Eestimaa_Kommunistliku_Partei_Keskkomitee, lk 59
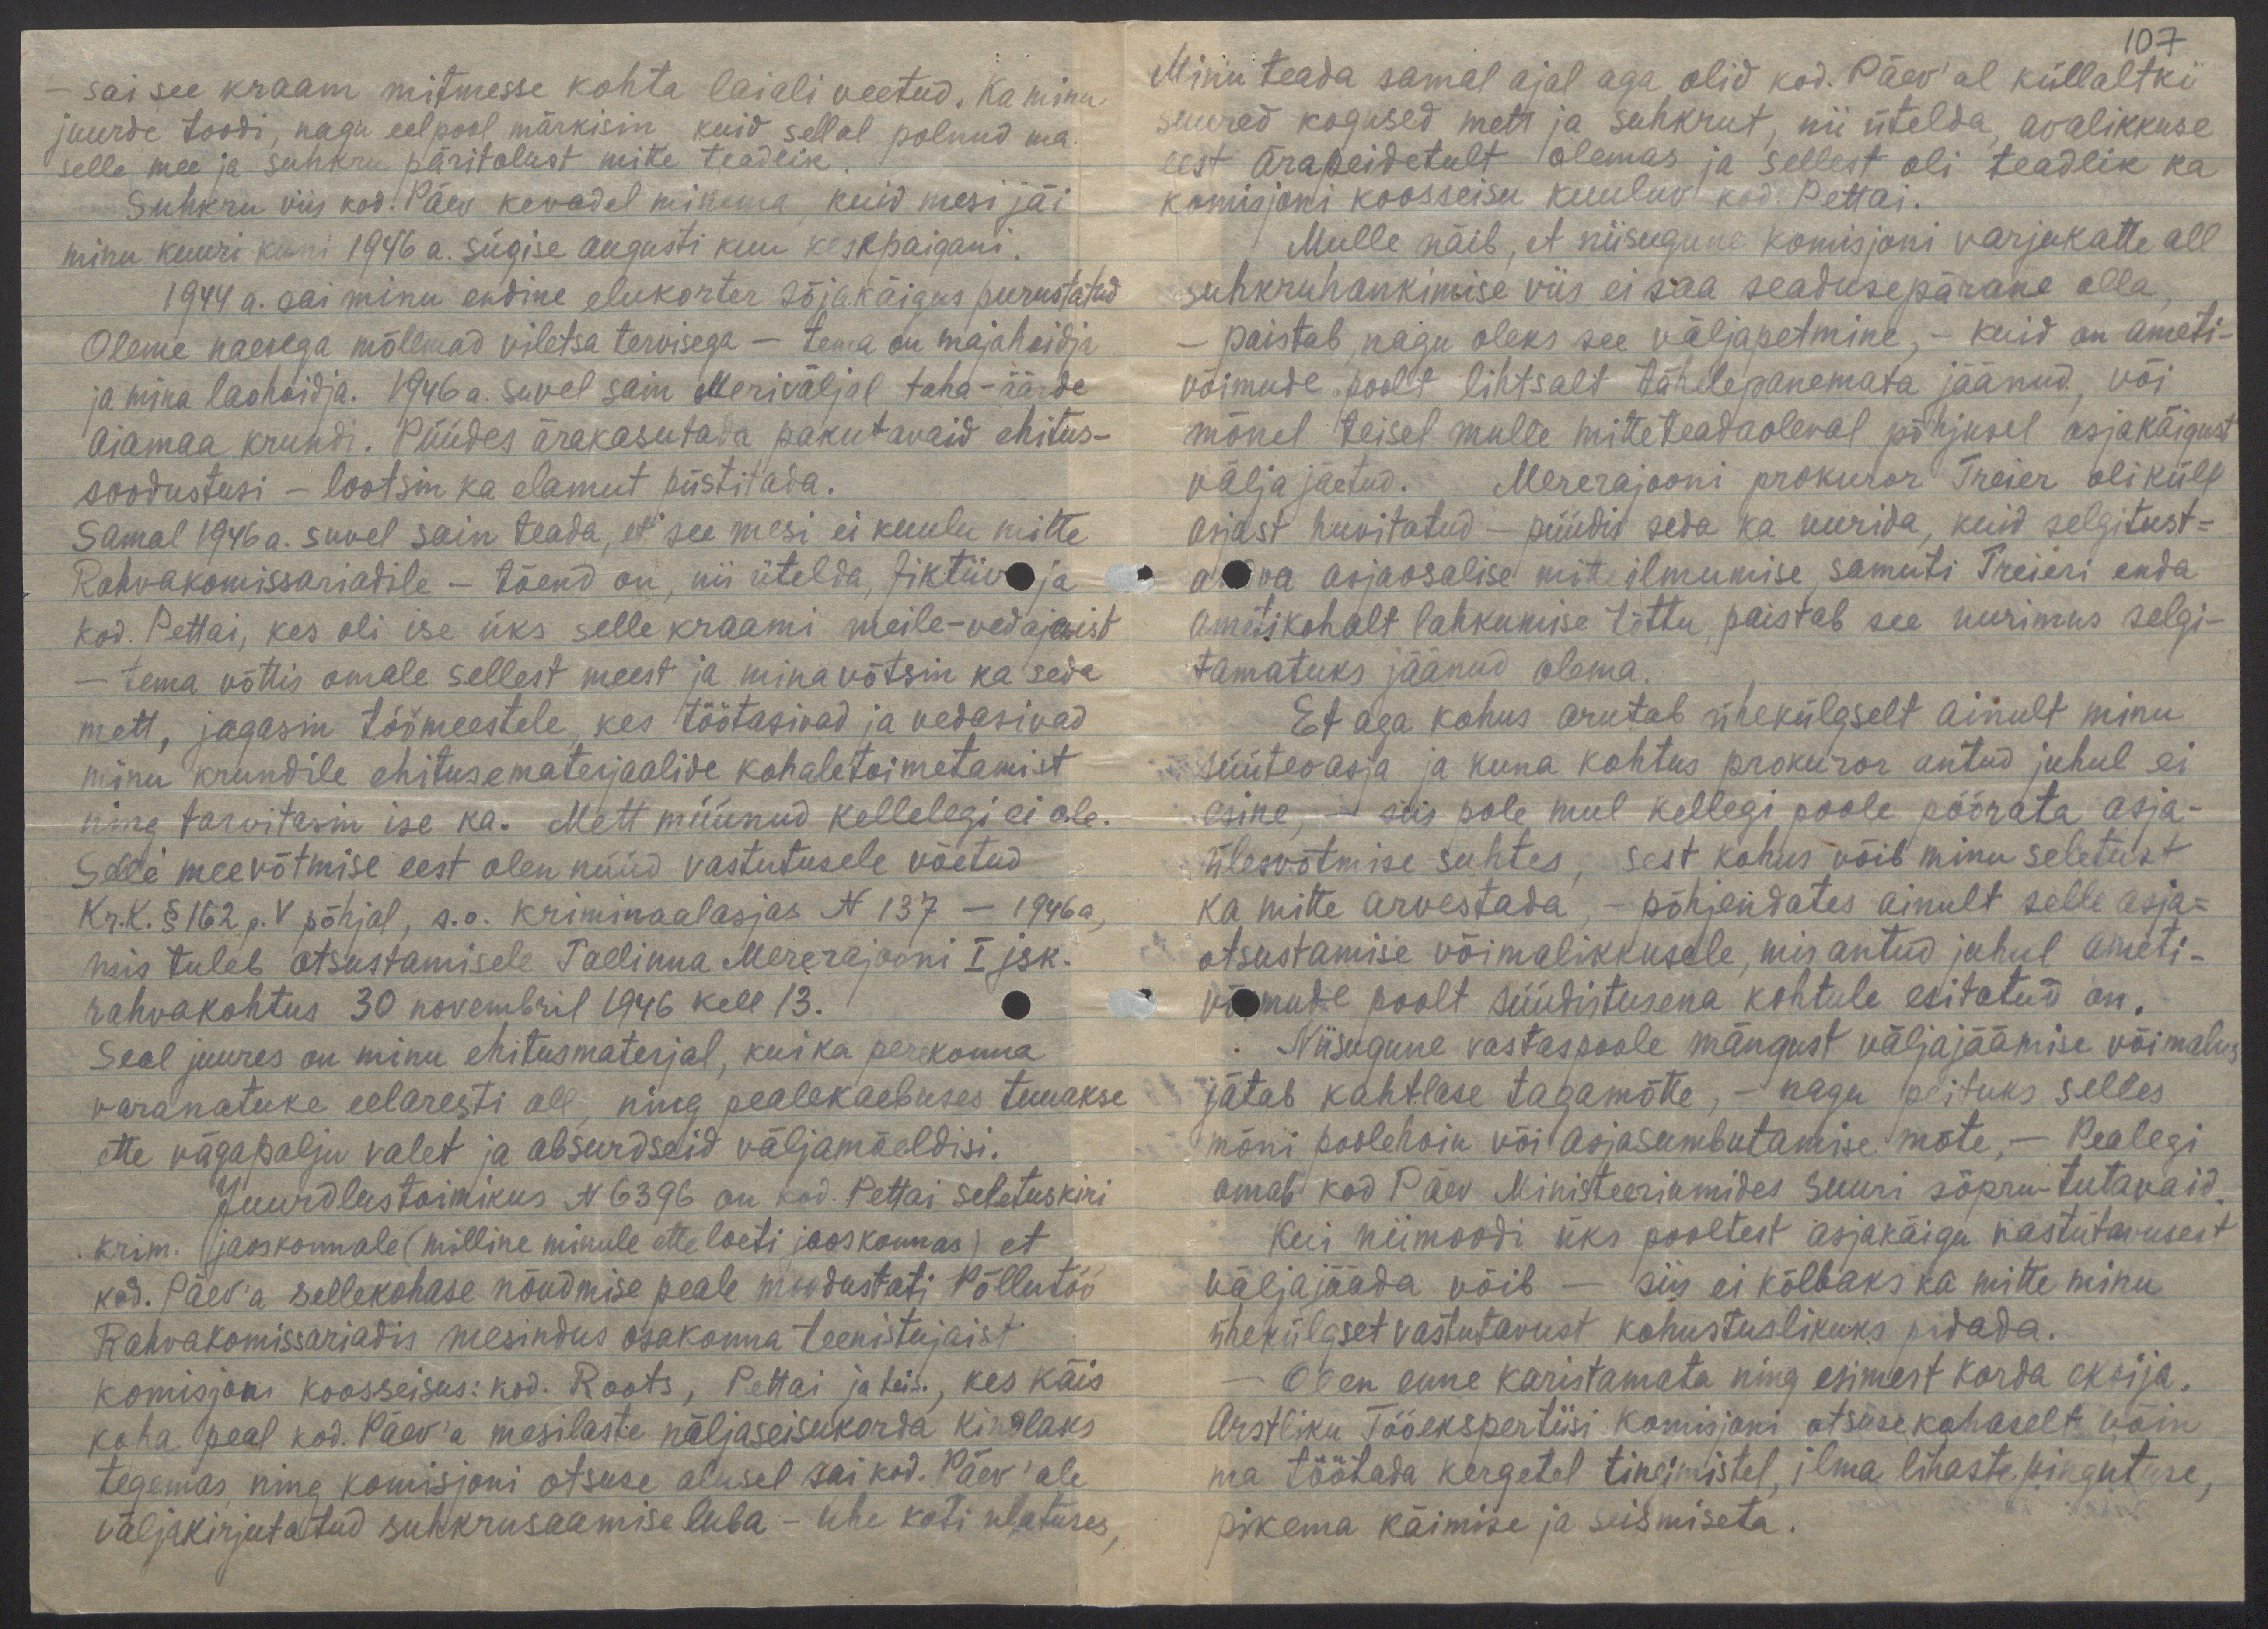
- sai see kraam mitmesse kohta laiali veetud. Ka minu
juurde toodi, nagu eelpool märkisin, kuid sellal polnud ma
selle mee ja suhkru päritolust mitte teadlik.
Suhkru viis kod. Päev kevadel minema, kuid mesi jäi
minu kuuri kuni 1946 a. sügise augusti kuu keskpaigani.
1944 a. sai minu endine elukorter sõjakäigus purustatud
Oleme naesega mõlemad viletsa tervisega - tema on majahoidja
ja mina laohoidja. 1946 a. suvel sain Meriväljal taha-äärde
aiamaa krundi. Püüdes ärakasutada pakutavaid ehitus-
soodustusi - lootsin ka elamut püstitada.
Samal 1946 a. suvel sain teada, et see mesi ei kuulu mitte
Rahvakomissariadile - tõend on, nii ütelda, fiktiiv ja
kod. Pettai, kes oli ise üks selle kraami meile-vedajaist
- tema võttis omale sellest meest ja mina võtsin ka seda
mett, jagasin töömeestele, kes töötasivad ja vedasivad
minu krundile ehitusematerjaalide kohaletoimetamist
ning tarvitasin ise ka. Mett müünud kellelegi ei ole.
Selle meevõtmise eest olen nüüd vastutusele võetud.
Kr.K. § 162 p. V põhjal, s.o. kriminaalasjas N 137 - 1946 a,
mis tuleb otsustamisele Tallinna Mererajooni I jsk.
rahvakohtus 30 novembril 1946 kell 13.
Seal juures on minu ehitusmaterjal, kui ka perekonna
varanatuke eelaresti all, ning pealekaebuses tuuakse
ette vägapalju valet ja absurdseid väljamõeldisi.
Juurdlustoimikus N 6396 on kod. Pettai seletuskiri
krim. jaoskonnale (milline minule ette loeti jaoskonnas) et
kod. Päev'a sellekohase nõudmise peale moodustati Põllutöö
Rahvakomissariadis mesindus osakonna teenistujaist
komisjon koosseisus: kod. Roots, Pettai ja teis., kes käis
koha peal kod. Päev'a mesilaste näljaseisukorda kindlaks
tegemas, ning komisjoni otsuse alusel sai kod. Päev'ale
väljakirjutatud suhkrusaamise luba - ühe koti ulatuses,

107
Minu teada samal ajal aga olid kod. Päev'al küllaltki
suured kogused mett ja suhkrut, nii ütelda, avalikkuse
eest ärapeidetult olemas ja sellest oli teadlik ka
komisjoni koosseisu kuuluv kod. Pettai.
Mulle näib, et niisugune komisjoni varjukatte all
suhkruhankimise viis ei saa seadusepärane olla,
paistab, nagu oleks see väljapetmine, - kuid on ameti-
võimude poolt lihtsalt tähelepanemata jäänud, või
mõnel teisel mulle mitteteadaoleval põhjusel asjakäigust
välja jäetud. Mererajooni prokuror Treier oli küll
asjast huvitatud - püüdis seda ka uurida, kuid selgitust-
andva asjaosalise mitteilmumise, samuti Treieri enda
ametikohalt lahkumise tõttu paistab see uurimus selgi-
tamatuks jäänud olema.
Et aga kohus arutab ühekülgselt ainult minu
süüteoasja ja kuna kohtus prokuror antud juhul ei
esine, - siis pole mul kellegi poole pöörata asja-
ülesvõtmise suhtes, sest kohus võib minu seletust
ka mitte arvestada, - põhjendates ainult selle asja-
otsustamise võimalikkusele, mis antud juhul ameti-
võimude poolt süüdistusena kohtule esitatud on.
Niisugune vastaspoole mängust väljajäämise võimalus
jätab kahtlase tagamõtte, - nagu peituks selles
mõni poolehoiu või asjasumbutamise mõte. - Pealegi
omas kod Päev Ministeeriumides Suuri sõpru-tutavaid.
Kui niimoodi üks pooltest asjakäigu vastutavusest
väljajääda võib - siis ei kõlbaks ka mitte minu
ühekülgset vastutavust kohustuslikuks pidada.
Olen enne karistamata ning esimest korda eksija.
Arstliku Tööekspertiisi Komisjoni otsuse kohaselt võin
ma töötada kergetel tingimistel, ilma lihaste pingutuse,
pikema käimise ja seismiseta.